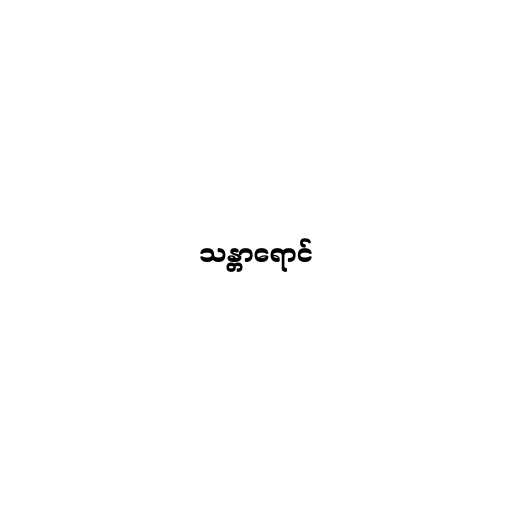
သန္တာရောင်